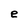
Character: e